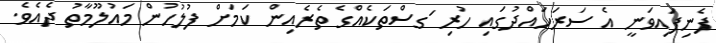
ފެނިފައިވަނީ އެ ސަރަހައްދުގައި ހުރި ަގސްތަކެއްގެ ތެރެއިން ކަމަށް ފުލުހުން މައުލޫމާތު ދެއެެވެ.